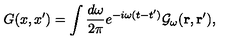
G ( x , x ^ { \prime } ) = \int { \frac { d \omega } { 2 \pi } } e ^ { - i \omega ( t - t ^ { \prime } ) } { \cal G } _ { \omega } ( { \bf r , r ^ { \prime } } ) ,